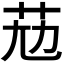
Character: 𦭋